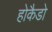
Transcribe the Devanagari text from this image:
होकैडो